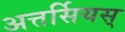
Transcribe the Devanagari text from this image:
अत्तर्सियस्